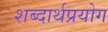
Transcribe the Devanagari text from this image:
शब्दार्थप्रयोग